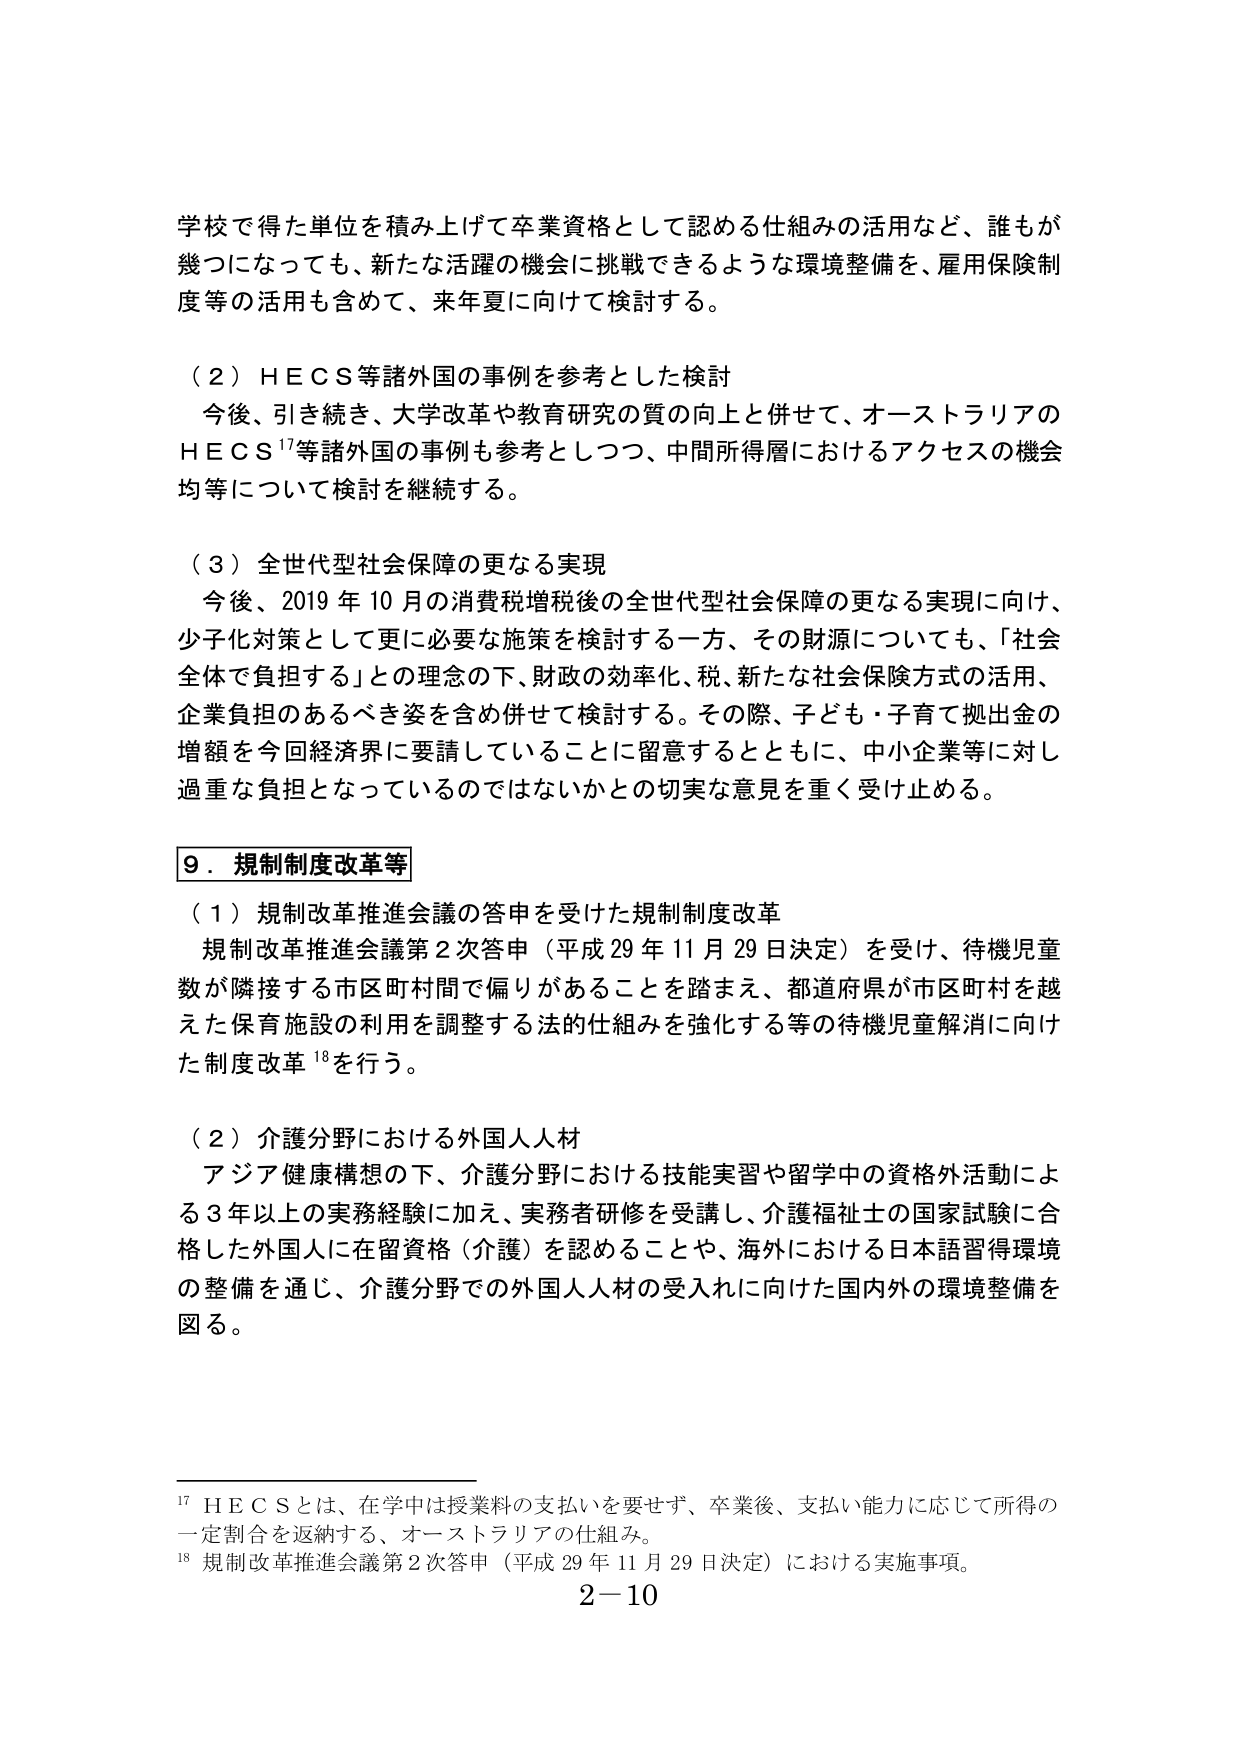
学校で得た単位を積み上げて卒業資格として認める仕組みの活用など、誰もが
幾つになっても、新たな活躍の機会に挑戦できるような環境整備を、雇用保険制
度等の活用も含めて、来年夏に向けて検討する。

（２）ＨＥＣＳ等諸外国の事例を参考とした検討
　今後、引き続き、大学改革や教育研究の質の向上と併せて、オーストラリアの
ＨＥＣＳ¹⁷等諸外国の事例も参考としつつ、中間所得層におけるアクセスの機会
均等について検討を継続する。

（３）全世代型社会保障の更なる実現
　今後、2019年10月の消費税増税後の全世代型社会保障の更なる実現に向け、
少子化対策として更に必要な施策を検討する一方、その財源についても、「社会
全体で負担する」との理念の下、財政の効率化、税、新たな社会保険方式の活用、
企業負担のあるべき姿を含め併せて検討する。その際、子ども・子育て拠出金の
増額を今回経済界に要請していることに留意するとともに、中小企業等に対し
過重な負担となっているのではないかとの切実な意見を重く受け止める。

９．規制制度改革等
（１）規制改革推進会議の答申を受けた規制制度改革
　規制改革推進会議第２次答申（平成29年11月29日決定）を受け、待機児童
数が隣接する市区町村間で偏りがあることを踏まえ、都道府県が市区町村を越
えた保育施設の利用を調整する法的仕組みを強化する等の待機児童解消に向け
た制度改革¹⁸を行う。

（２）介護分野における外国人人材
　アジア健康構想の下、介護分野における技能実習や留学中の資格外活動によ
る3年以上の実務経験に加え、実務者研修を受講し、介護福祉士の国家試験に合
格した外国人に在留資格（介護）を認めることや、海外における日本語習得環境
の整備を通じ、介護分野での外国人人材の受入れに向けた国内外の環境整備を
図る。

¹⁷ ＨＥＣＳとは、在学中は授業料の支払いを要せず、卒業後、支払い能力に応じて所得の
一定割合を返納する、オーストラリアの仕組み。
¹⁸ 規制改革推進会議第２次答申（平成29年11月29日決定）における実施事項。
２－10